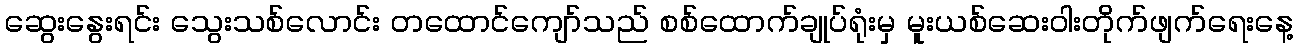
ဆွေးနွေးရင်း သွေးသစ်လောင်း တထောင်ကျော်သည် စစ်ထောက်ချုပ်ရုံးမှ မူးယစ်ဆေးဝါးတိုက်ဖျက်ရေးနေ့